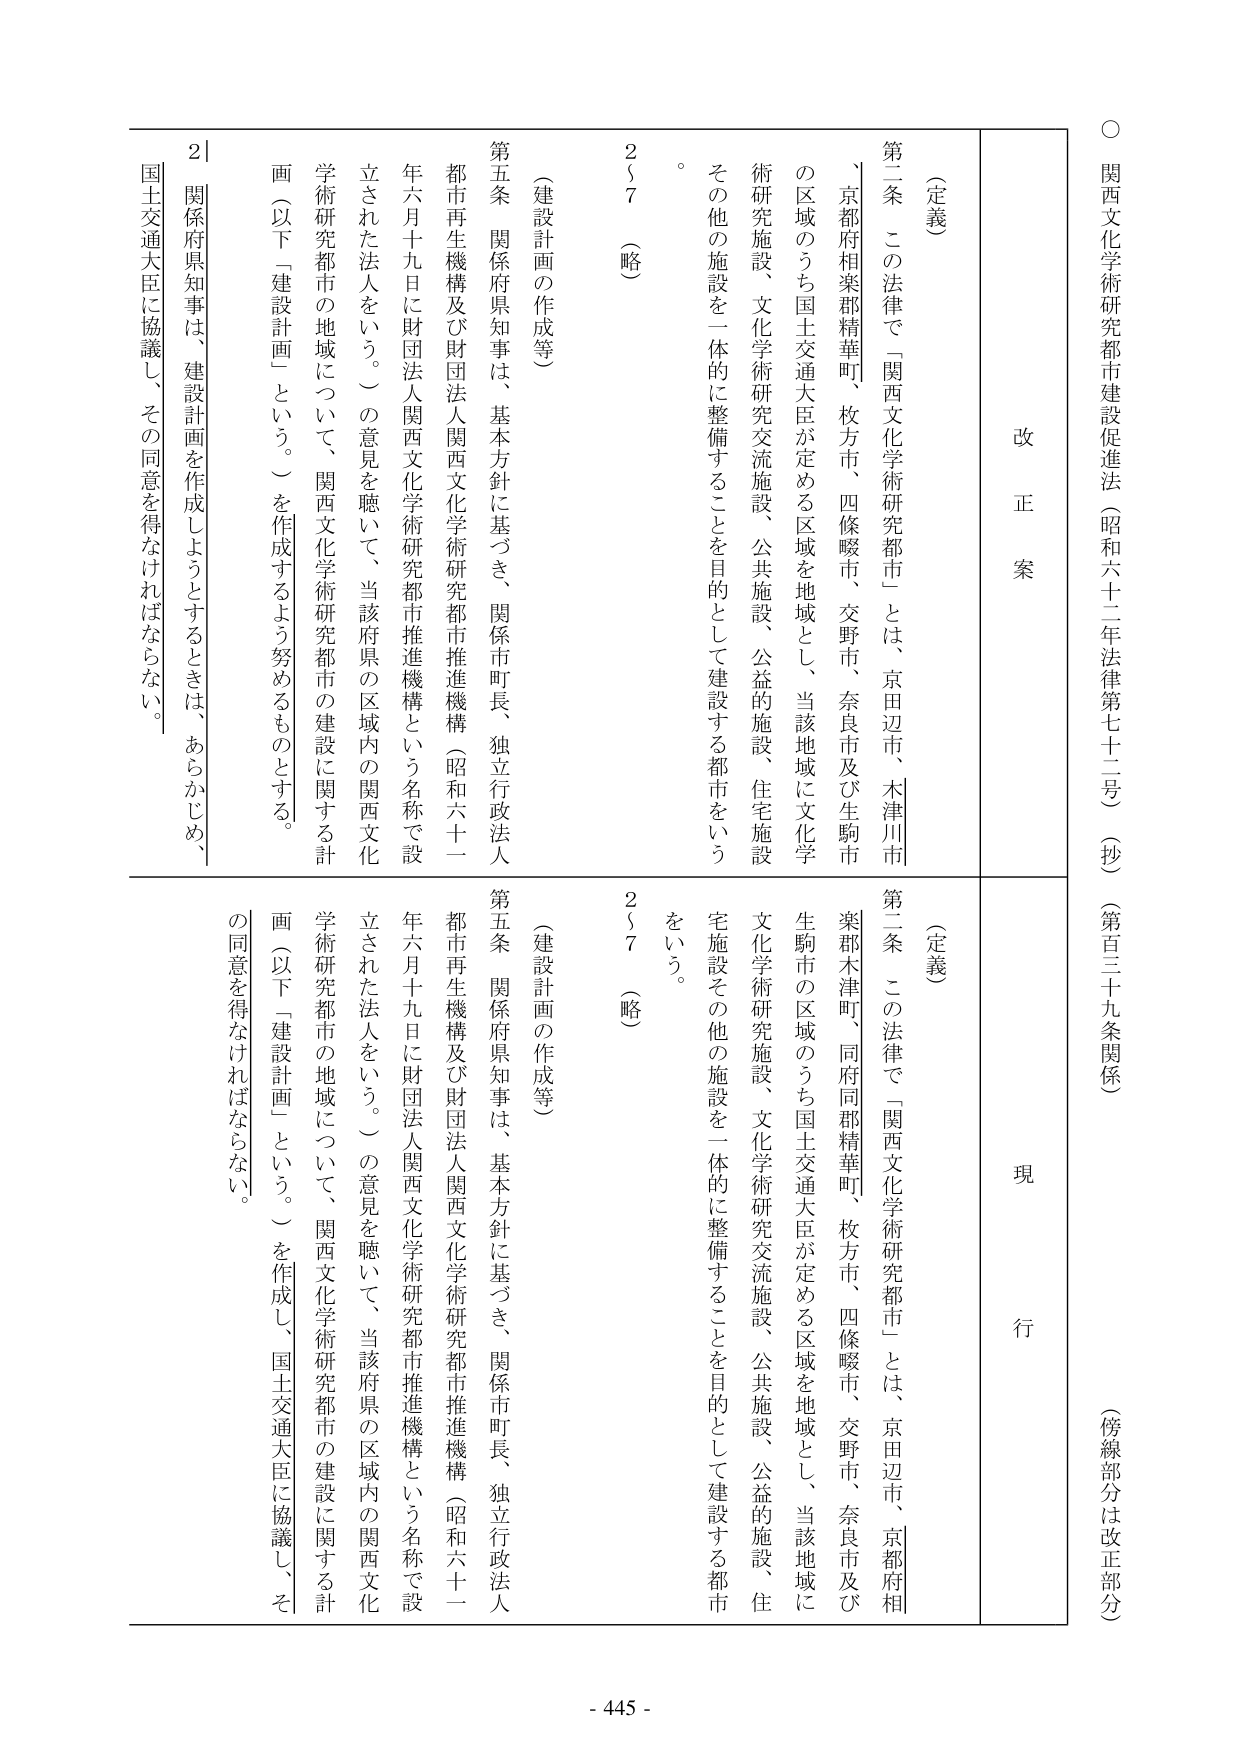
○ 関西文化学術研究都市建設促進法（昭和六十二年法律第七十二号）（抄）（第百三十九条関係）（傍線部分は改正部分）

改 正 案

（定義）

第二条 この法律で「関西文化学術研究都市」とは、京田辺市、木津川市、京都府相楽郡精華町、枚方市、四條畷市、交野市、奈良市及び生駒市の区域のうち国土交通大臣が定める区域を地域とし、当該地域に文化学術研究施設、文化学術研究交流施設、公共施設、公益的施設、住宅施設その他の施設を一体的に整備することを目的として建設する都市をいう。

（建設計画の作成等）

第五条 関係府県知事は、基本方針に基づき、関係市町長、独立行政法人都市再生機構及び財団法人関西文化学術研究都市推進機構（昭和六十一年六月十九日に財団法人関西文化学術研究都市推進機構という名称で設立された法人をいう。）の意見を聴いて、当該府県の区域内の関西文化学術研究都市の地域について、関西文化学術研究都市の建設に関する計画（以下「建設計画」という。）を作成するよう努めるものとする。

関係府県知事は、建設計画を作成しようとするときは、あらかじめ、国土交通大臣に協議し、その同意を得なければならない。

現 行

（定義）

第二条 この法律で「関西文化学術研究都市」とは、京田辺市、京都府相楽郡木津町、同府同郡精華町、枚方市、四條畷市、交野市、奈良市及び生駒市の区域のうち国土交通大臣が定める区域を地域とし、当該地域に文化学術研究施設、文化学術研究交流施設、公共施設、公益的施設、住宅施設その他の施設を一体的に整備することを目的として建設する都市をいう。

（建設計画の作成等）

第五条 関係府県知事は、基本方針に基づき、関係市町長、独立行政法人都市再生機構及び財団法人関西文化学術研究都市推進機構（昭和六十一年六月十九日に財団法人関西文化学術研究都市推進機構という名称で設立された法人をいう。）の意見を聴いて、当該府県の区域内の関西文化学術研究都市の地域について、関西文化学術研究都市の建設に関する計画（以下「建設計画」という。）を作成し、国土交通大臣に協議し、その同意を得なければならない。

257（略）
257（略）

- 445 -